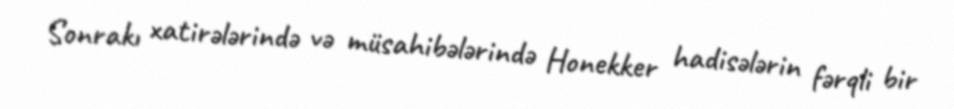
Sonrakı xatirələrində və müsahibələrində Honekker hadisələrin fərqli bir